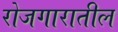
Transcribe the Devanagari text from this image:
रोजगारातील